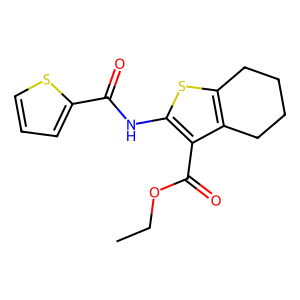
SMILES: CCOC(=O)c1c(NC(=O)c2cccs2)sc2c1CCCC2
Inhibits HIV replication: No